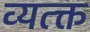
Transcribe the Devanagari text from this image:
व्यत्क्त